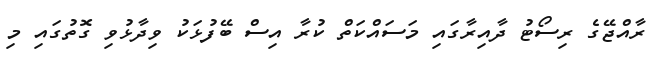
ރާއްޖޭގެ ރިސޯޓު ދާއިރާގައި މަސައްކަތް ކުރާ އިސް ބޭފުޅަކު ވިދާޅުވި ގޮތުގައި މި